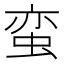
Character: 蛮